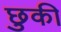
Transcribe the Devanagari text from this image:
छुकी